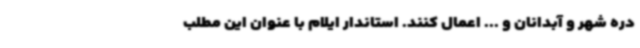
دره شهر و آبدانان و ... اعمال کنند. استاندار ایلام با عنوان این مطلب